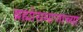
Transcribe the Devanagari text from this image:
ब्रह्मोसमाजाच्या